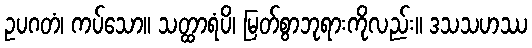
ဥပဂတံ၊ ကပ်သော။ သတ္ထာရံပိ၊ မြတ်စွာဘုရားကိုလည်း။ ဒသသဟဿ